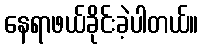
နေရာဖယ်ခိုင်းခဲ့ပါတယ်။